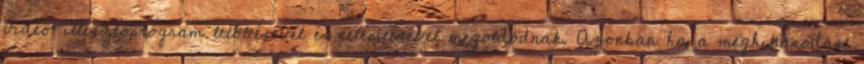
video-illesztőprogram letöltésével és telepítésével megoldódnak. Azonban ha a meghibásodást